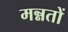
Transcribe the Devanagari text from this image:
मन्नतों